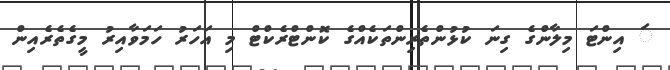
ަ އިންޓަ މިލާންގެ ގިނަ ކުޅުންތެރިންތަކެއްގެ ކޮންޓްރެކްޓް މި އަހަރު ހަމަވާއިރު މީގެތެރެއިން